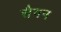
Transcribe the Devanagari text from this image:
सैगन